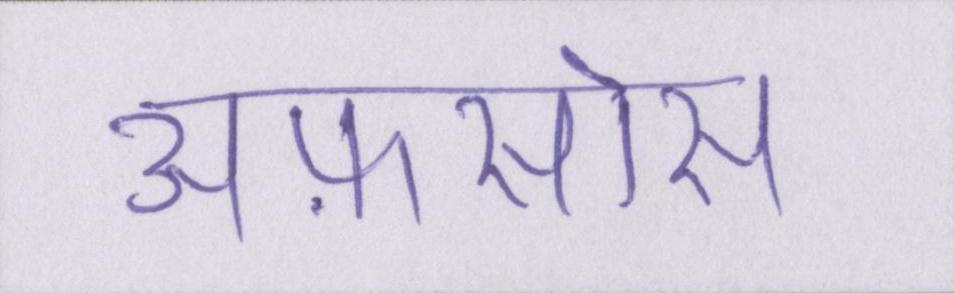
अफ़सोस